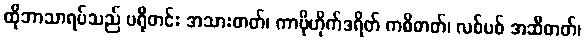
ထိုဘာသာရပ်သည် ပရိုတင်း အသားဓာတ်၊ ကာဗိုဟိုက်ဒရိတ် ကစီဓာတ်၊ လစ်ပစ် အဆီဓာတ်၊